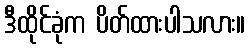
ဒီထိုင်ခုံက ပိတ်ထားပါသလား။